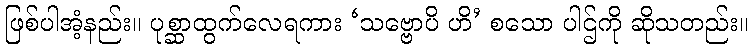
ဖြစ်ပါအံ့နည်း။ ပုစ္ဆာထွက်လေရကား ‘သဗ္ဗောပိ ဟိ’ စသော ပါဌ်ကို ဆိုသတည်း။